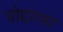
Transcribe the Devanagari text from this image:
पोद्दारका